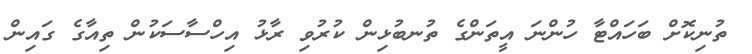
ތުނިކޮށް ބަހައްޓާ ހުންނަ އީތަންގެ ތުނބުޅިން ކުރުވި ރާޅު އިހްސާސަކުން ތިއާގެ ގައިން